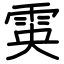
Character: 雵